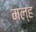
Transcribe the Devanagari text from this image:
मल्ह